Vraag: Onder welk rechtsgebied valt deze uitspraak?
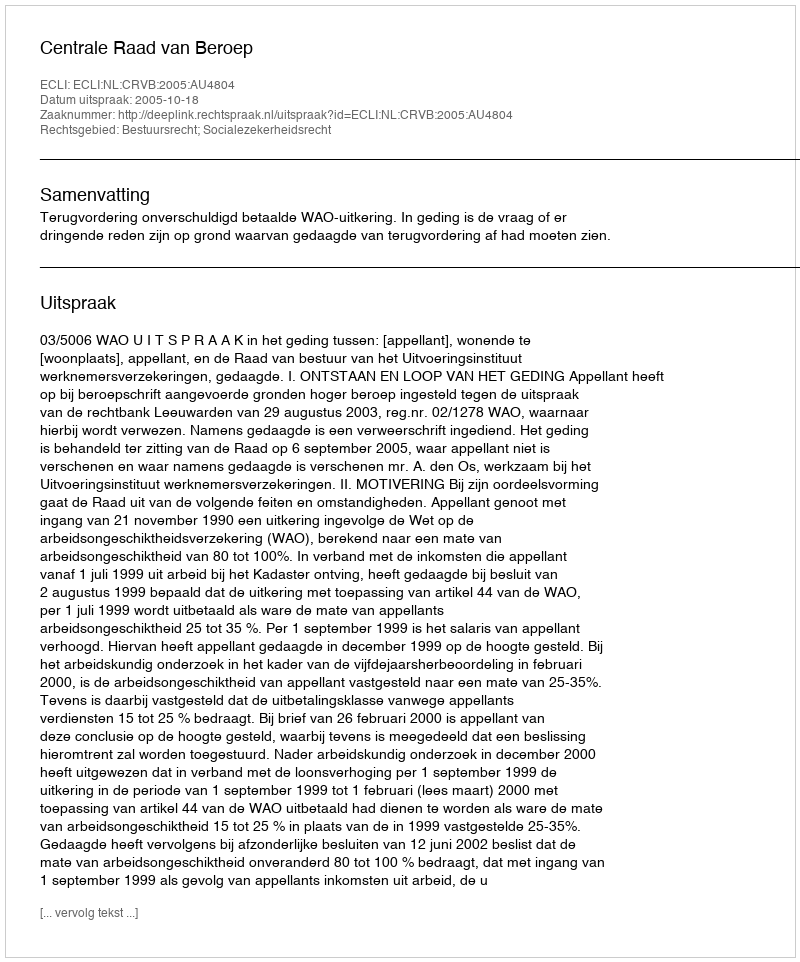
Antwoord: Bestuursrecht; Socialezekerheidsrecht